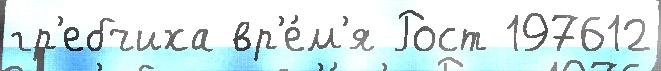
гр'ебчиха вр'е́м'я Рост 197612